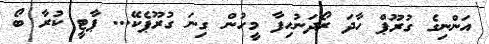
އަންނިގެ ގުރޫޕް ހާދަ ރޯދަނުހިފާ މީހުން ގިނަ ގުރޫޕެކޭ... ޕާޓީ ކުރާ ބޯ